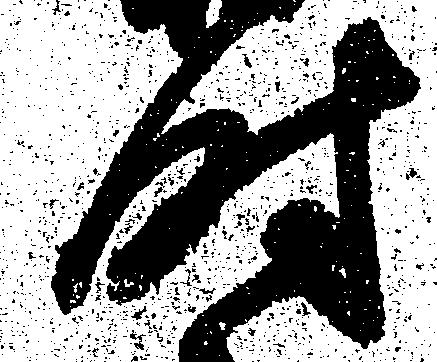
時